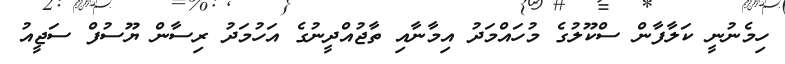
ހިމެނުނީ ކަލާފާން ސްކޫލުގެ މުހައްމަދު އިމާނާއި ތާޖުއްދީނުގެ އަހުމަދު ރިސާން ޔޫސުފް ސަޖީއު